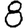
Digit: 8